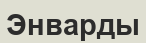
Энварды